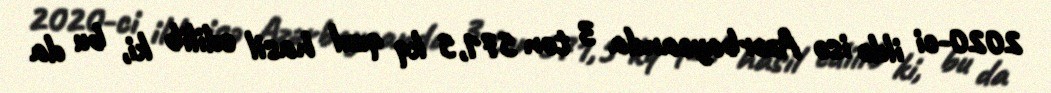
2020-ci ildə isə Azərbaycanda 3 ton 571,5 kq qızıl hasil edilib ki, bu da